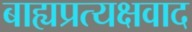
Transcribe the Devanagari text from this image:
बाह्यप्रत्यक्षवाद